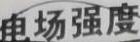
电场强度